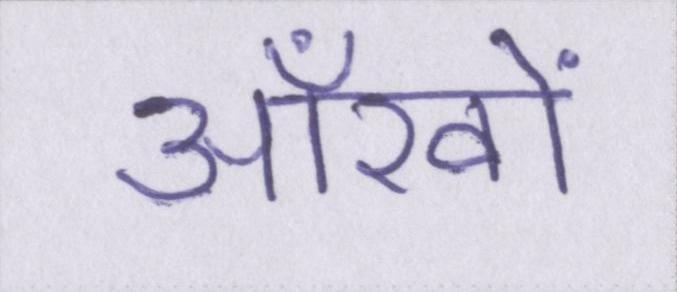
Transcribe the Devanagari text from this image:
आँखों